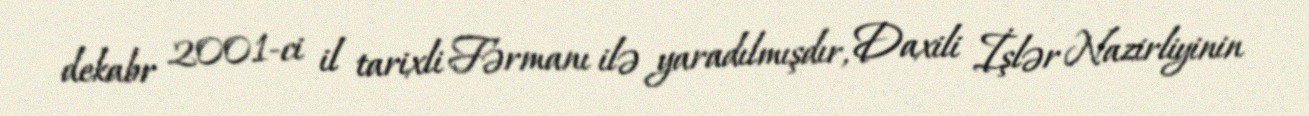
dekabr 2001-ci il tarixli Fərmanı ilə yaradılmışdır, Daxili İşlər Nazirliyinin